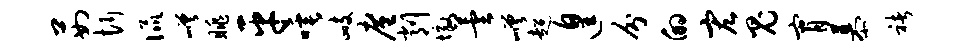
茹忻侃嵯眺平唾峙廑削墩芸嵯超遑分的宏鬼宵慕褚